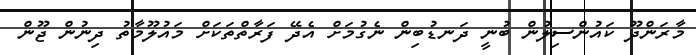
މާރަންދޫ ކައުންސިލުން ބުނީ ދަނޑުބިން ނެގުމަށް އެދޭ ފަރާތްތަކަށް މައުލޫމާތު ދިނުން ޖޫން